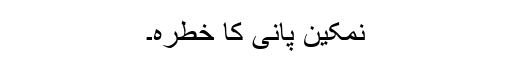
نمکین پانی کا خطرہ۔